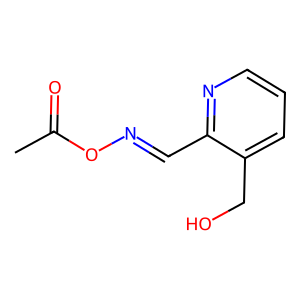
SMILES: CC(=O)ON=Cc1ncccc1CO
Inhibits HIV replication: No